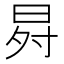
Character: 𭥸